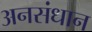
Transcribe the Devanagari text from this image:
अनसंधान